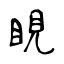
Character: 睍